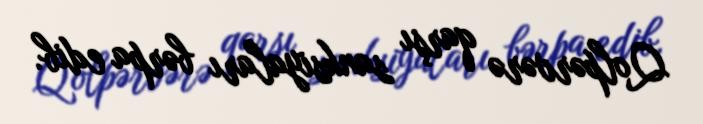
Qolpərvərə qarşı sanksiyaları bərpa edib.